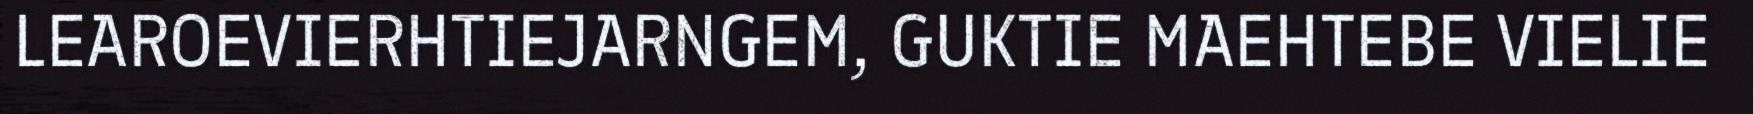
LEAROEVIERHTIEJARNGEM, GUKTIE MAEHTEBE VIELIE